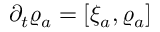
\partial _ { t } \varrho _ { a } = [ \xi _ { a } , \varrho _ { a } ]